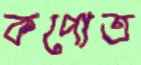
কপোত